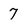
Character: 7